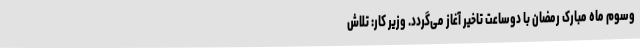
وسوم ماه مبارک رمضان با دوساعت تاخیر آغاز می‌گردد. وزیر کار: تلاش